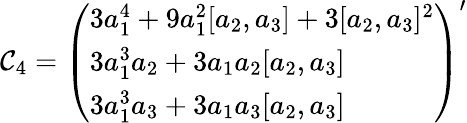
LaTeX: {\cal\mathcal{C}}_{4}=\left(\begin{array}{l}{{3a_{1}^{4}+9a_{1}^{2}[a_{2},a_{3}]+3[a_{2},a_{3}]^{2}}}\\ {{3a_{1}^{3}a_{2}+3a_{1}a_{2}[a_{2},a_{3}]}}\\ {{3a_{1}^{3}a_{3}+3a_{1}a_{3}[a_{2},a_{3}]}}\end{array}\right)^{\prime}